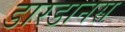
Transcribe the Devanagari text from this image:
डारडानस